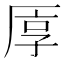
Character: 𠩭